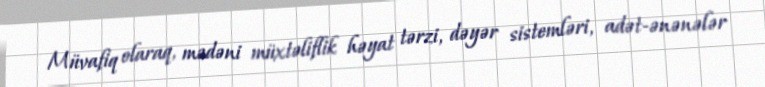
Müvafiq olaraq, mədəni müxtəliflik həyat tərzi, dəyər sistemləri, adət-ənənələr